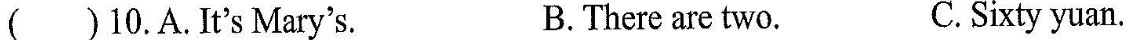
( )10.A.It's Mary's. B. There are two. C.Sixty yuan.